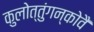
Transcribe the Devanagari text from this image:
कुलोत्तुंगन्कोवै